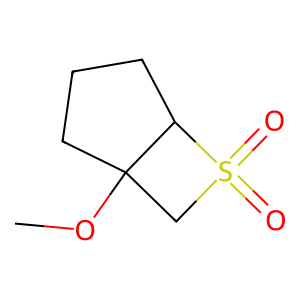
SMILES: COC12CCCC1S(=O)(=O)C2
Inhibits HIV replication: No